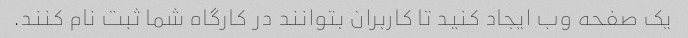
یک صفحه وب ایجاد کنید تا کاربران بتوانند در کارگاه شما ثبت نام کنند.